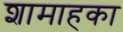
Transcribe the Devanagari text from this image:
शामाहका